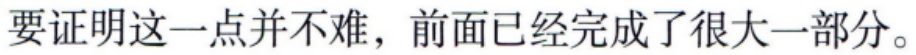
要证明这一点并不难，前面已经完成了很大一部分。